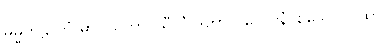
ဓမ္မတဠာကံ မာပယိတွာ၊ သီလံ ဒတွာ ဝိလေပနံ-စသော ဂါထာ